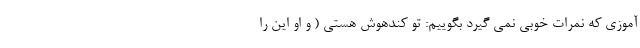
آموزی که نمرات خوبی نمی گیرد بگوییم: تو کندهوش هستی ( و او این را